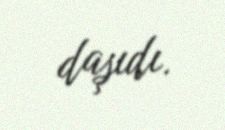
daşıdı.